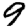
Digit: 9